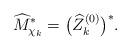
LaTeX: \begin{align*} \widehat M^*_{\chi_k} = \big( \widehat Z^{(0)}_k \big)^*.\end{align*}